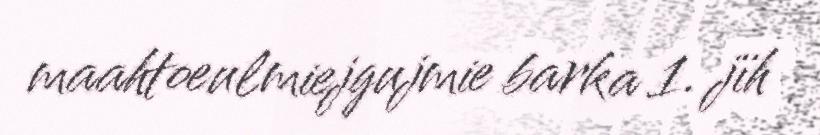
maahtoeulmiejgujmie barka 1. jïh